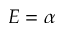
E = \alpha